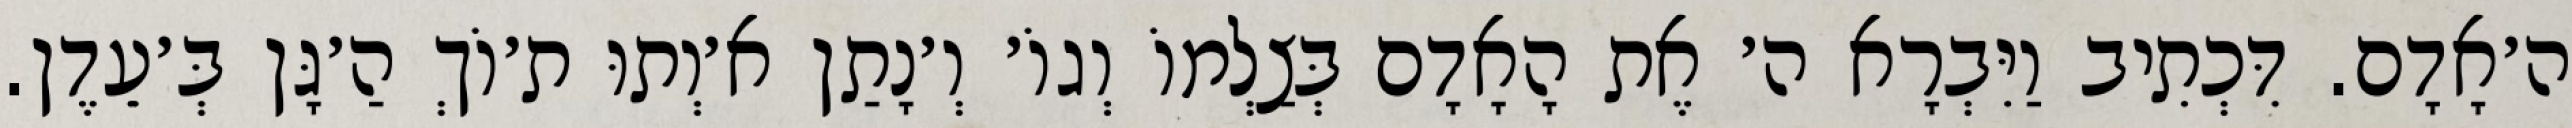
ה׳אָדָם. דִּכְתִיב וַיִּבְרָא ה׳ אֶת הָאָדָם בְּצַלְמוֹ וְגוֹ׳ וְ׳נָתַן א׳וְתוּ ת׳וֹךְ הַ׳גָּן בְּ׳עֵדֶן.